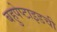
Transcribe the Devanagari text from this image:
बहुपेप्टाइडची